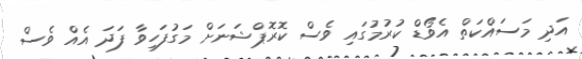
އަދި މަސައްކަތް އެވޯޑް ކުރުމުގައި ވެސް ކޮރޮޕްޝަނަށް މަގުފަހިވާ ފަދަ އެއް ވެސް